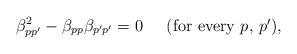
LaTeX: \begin{align*}\beta_{pp'}^2-\beta_{pp}\beta_{p'p'}=0\hspace{6mm}\mbox{(for every $p$, $p'$)},\end{align*}